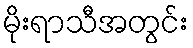
မိုးရာသီအတွင်း